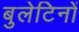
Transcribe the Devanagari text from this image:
बुलेटिनों